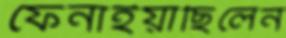
ফেনাইয়াছিলেন